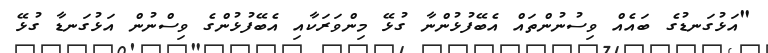
"އަޅުގަނޑުގެ ބައެއް ވިސުނުންތައް އެބޭފުޅުންނާ ގުޅޭ މިންވަރަކާއި އެބޭފުޅުންގެ ވިސްނުން އަޅުގަނޑާ ގުޅޭ